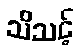
သိသင့်